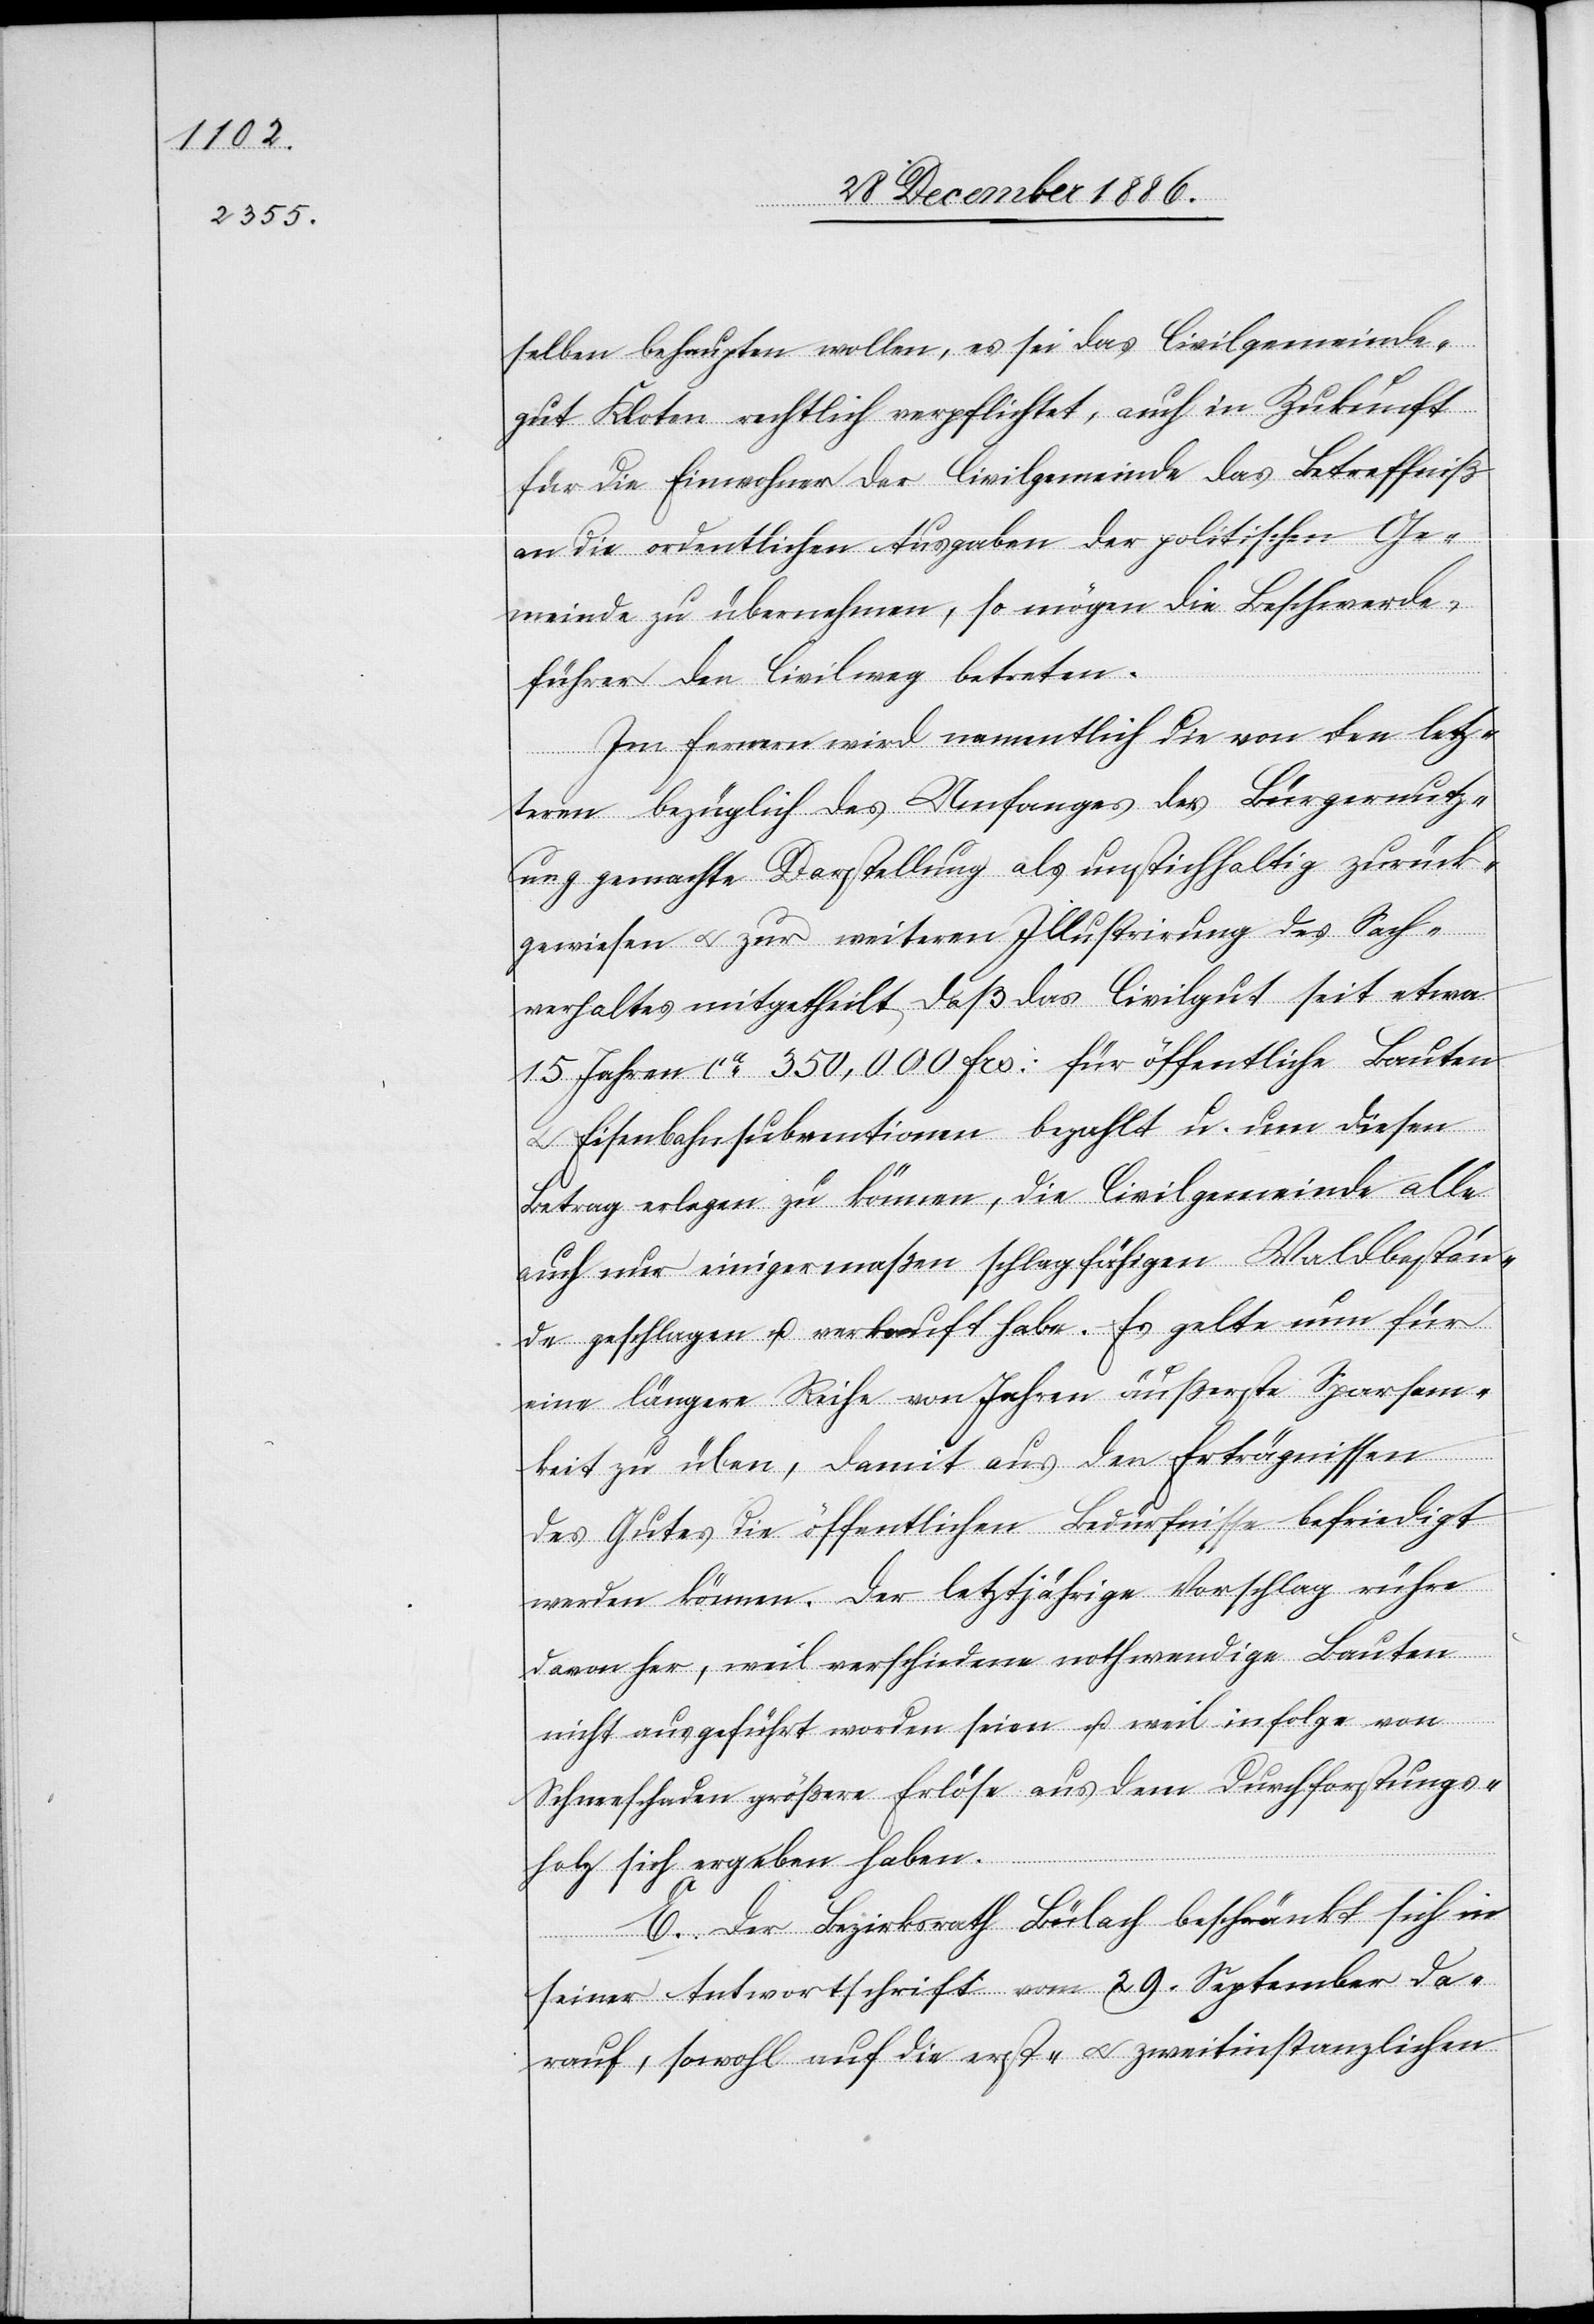
selben behaupten wollen, es sei das Civilgemeinde¬
gut Kloten rechtlich verpflichtet, auch in Zukunft
für die Einwohner der Civilgemeinde das Betreffniß
an die ordentlichen Ausgaben der politischen Ge¬
meinde zu übernehmen, so mögen die Beschwerde¬
führer den Civilweg betreten.
Im Fernern wird namentlich die von den letz¬
teren bezüglich des Umfanges der Bürgernutz¬
ung gemachte Darstellung als unstichhaltig zurück¬
gewiesen & zur weiteren Illustrirung des Sach¬
verhaltes mitgetheilt, daß das Civilgut seit etwa
15 Jahren ca 350,00 Frs: für öffentliche Bauten
Eisenbahnsubventionen bezahlt u. um diesen
Betrag erlegen zu können, die Civilgemeinde alle
auch nur einigermaßen schlagfähigen Waldbestän¬
de geschlagen u. verkauft habe. Es gelte nun für
eine längere Reihe von Jahren äußerste Sparsam¬
keit zu üben, damit aus den Erträgnissen
des Gutes die öffentlichen Bedürfnisse befriedigt
werden können. Der letztjährige Vorschlag rühre
davon her, weil verschiedene nothwendige Bauten
nicht ausgeführt worden seien u. weil infolge von
Schneeschaden größere Erlöse aus dem Durchforstungs¬
holz sich ergeben haben.
E. Der Bezirksrath Bülach beschränkt sich in
seiner Antwortschrift vom 29. September da¬
rauf, sowohl auf die erst- & zweitinstanzlichen